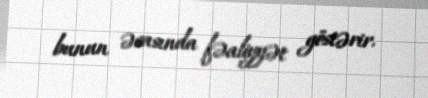
bunun əsasında fəaliyyət göstərir.